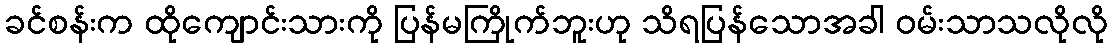
ခင်စန်းက ထိုကျောင်းသားကို ပြန်မကြိုက်ဘူးဟု သိရပြန်သောအခါ ဝမ်းသာသလိုလို